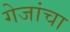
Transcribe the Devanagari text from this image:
गेजांचा